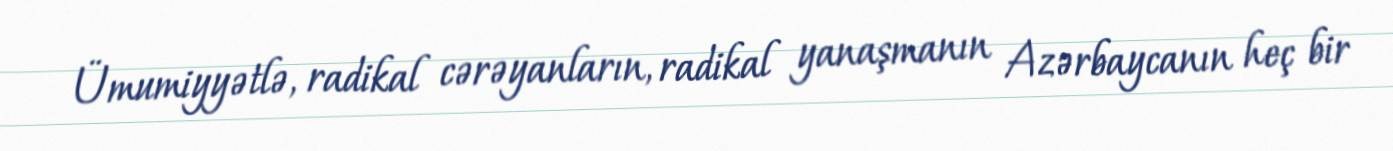
Ümumiyyətlə, radikal cərəyanların, radikal yanaşmanın Azərbaycanın heç bir